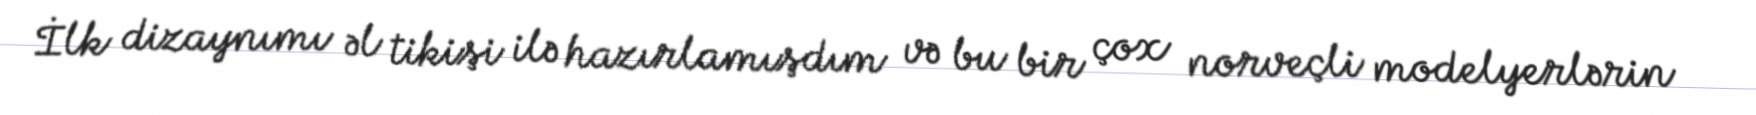
İlk dizaynımı əl tikişi ilə hazırlamışdım və bu bir çox norveçli modelyerlərin